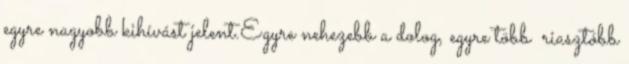
egyre nagyobb kihívást jelent.Egyre nehezebb a dolog, egyre több riasztóbb